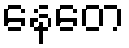
နေတေ